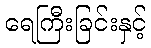
ရေကြီးခြင်းနှင့်